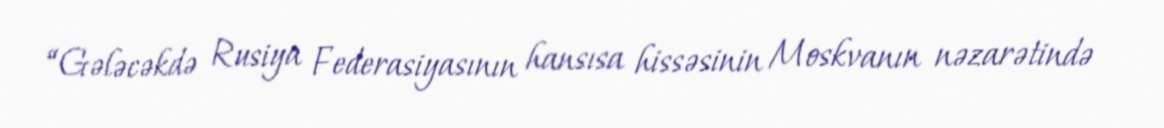
“Gələcəkdə Rusiya Federasiyasının hansısa hissəsinin Moskvanın nəzarətində